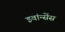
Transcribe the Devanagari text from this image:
इवांन्सेंस